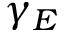
\gamma _ { E }